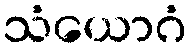
သံယောဂံ